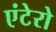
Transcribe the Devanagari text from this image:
एंटेरो